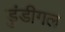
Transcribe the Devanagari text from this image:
डुंडीगल